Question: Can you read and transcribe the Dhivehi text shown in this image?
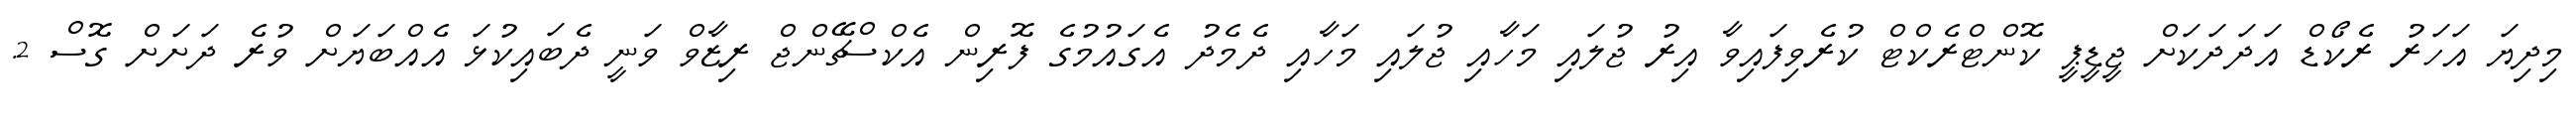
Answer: މިދިޔަ އަހަރު ރެކޯޑް އަދަދަކަށް ޖީޑީޕީ ކޮންޓްރެކްޓް ކުރެވިފައިވާ އިރު ޖުލައި މަހާއި ޖުލައި މަހާއި ދެމެދު އެގައުމުގެ ފޮރިން އެކްސްޗޭންޖް ރިޒާވް ވަނީ ދެބައިކުޅަ އެއްބަޔަށް ވުރެ ދަށަށް ގޮސް 2.